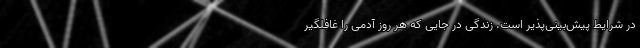
در شرایط پیش‌بینی‌پذیر است. زندگی در جایی که هر روز آدمی را غافلگیر